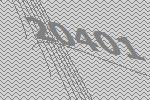
20401